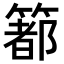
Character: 𥳉